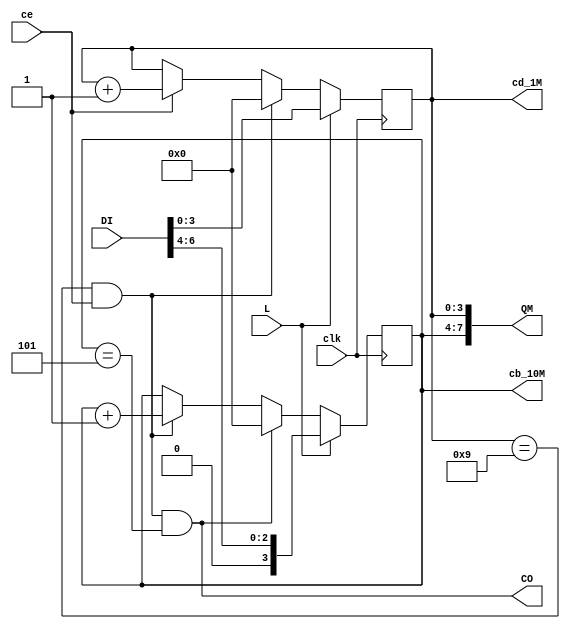
//   
module VCDMLE(input clk,      output wire [7:0] QM,      //
              input ce,       output wire CO,            //"" 
              input [6:0] DI, output reg [3:0]cd_1M=0,   //  
              input L,        output reg [3:0]cb_10M=0); //  

  wire CO10M = (cd_1M==9) & ce ; //""  

  assign CO = CO10M & (cb_10M==5); //"" 
  assign QM = {cb_10M,cd_1M}; // 

  always @ (posedge clk) begin
    cd_1M  <= L? DI[3:0] : CO10M? 0 : ce? cd_1M+1 : cd_1M ;    //  
    cb_10M <= L? DI[6:4] : CO? 0 : CO10M? cb_10M+1 : cb_10M ; //  
  end
endmodule

//   
module VCDHLE(input clk,      output [7:0] QH,//
              input ce,       output CO,//"" 
              input [6:0] DI, output reg [3:0] cd_1H=0,   //  
              input L,        output reg [3:0] cb_10H=0); //  

  wire CO10H = (cd_1H==9) & ce ;//"" 

  assign CO = ce & (cb_10H==2) & (cd_1H==3);
  assign QH = {cb_10H,cd_1H};

  always @ (posedge clk) begin
    cd_1H  <= L? DI[3:0] : (CO10H | CO)? 0 : ce? cd_1H+1 : cd_1H ;
    cb_10H <= L? DI[6:4] : CO? 0 : CO10H? cb_10H+1 : cb_10H ;
  end
endmodule

//     
module VCDHMLE(input clk,      output wire [15:0] QHM, // 
               input ce,       output wire [7:0] QH,   //
               input [6:0] DI, output wire [7:0] QM,   //
               input L,        output wire CO,         // 
               input H_M);                             // 

  wire COmin, COh ;
  wire Lm = L & H_M ; // 
  wire Lh = L & !H_M ; // 

  assign QHM = {QH,QM} ; // 
  assign CO = COmin & COh; // 
  // 
  VCDMLE DD1 (.clk(clk), .QM(QM),
              .ce(ce),   .CO(COmin),
              .DI(DI),
              .L(Lm));
  // 
  VCDHLE DD2 ( .clk(clk), .QH(QH),
               .ce(COmin), .CO(COh),
               .DI(DI),
               .L(Lh));
endmodule